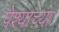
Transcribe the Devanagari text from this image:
पेश्याच्या